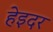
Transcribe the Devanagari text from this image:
हेइदर